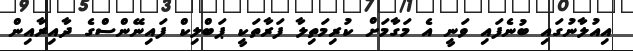
އިއުލާނުގައި ބުނެފައި ވަނީ އެ މަގާމަށް ކުރިމަތިލާ ފަރާތަކީ ޕަބްލިކް ފައިނޭންސްގެ ދާއިރާއިން